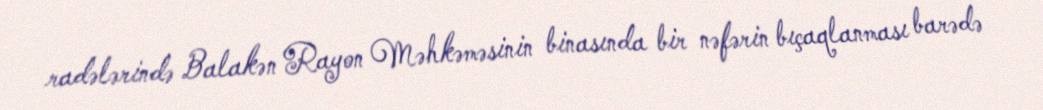
radələrində Balakən Rayon Məhkəməsinin binasında bir nəfərin bıçaqlanması barədə